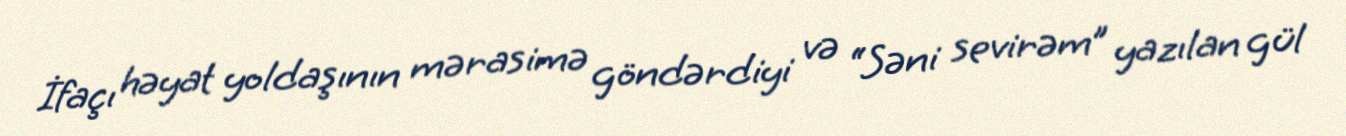
İfaçı həyat yoldaşının mərasimə göndərdiyi və “Səni sevirəm” yazılan gül